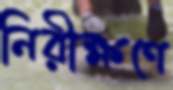
নিরীক্ষণে